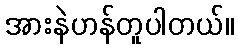
အားနဲဟန်တူပါတယ်။